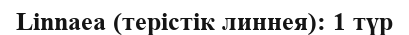
Linnaea (терістік линнея): 1 түр